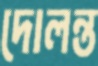
দোলন্ত